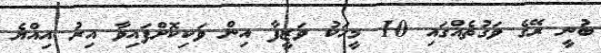
ބުނީ ރޭގެ ވަގުތެއްގައި 10 މީހަކު ވަޒީފާ އިން ވަކިކޮށްފައިވާ އިރު އިއްޔެ